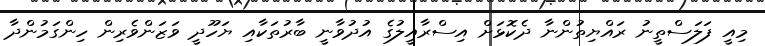
މިއީ ފަލަސްތީނު ރައްޔިތުންނާ ދެކޮޅަށް އިސްރާއީލުގެ އުދުވާނީ ބާރުތަކާއި ޔަހޫދީ ވަޒަންވެރިން ހިންގަމުންދާ